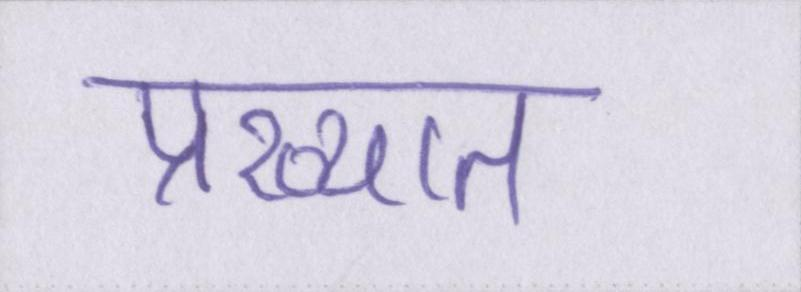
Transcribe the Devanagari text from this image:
प्रख्यात